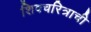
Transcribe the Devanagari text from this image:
शिवचरित्राची